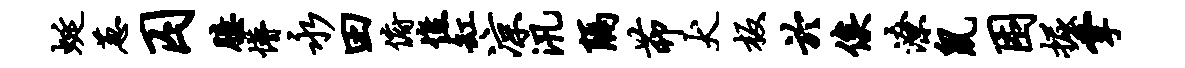
蜒葱囚臆懵永田俯憔缸凉汛隔茆犬板於俟潦鼠困掘掌